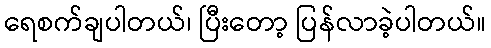
ရေစက်ချပါတယ်၊ ပြီးတော့ ပြန်လာခဲ့ပါတယ်။